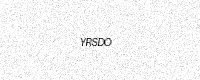
Text: YRSDO